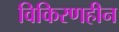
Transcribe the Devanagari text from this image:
विकिरणहीन